Vaccination Hyderabad 1872-1889 - 1872-1889
Year: 1872
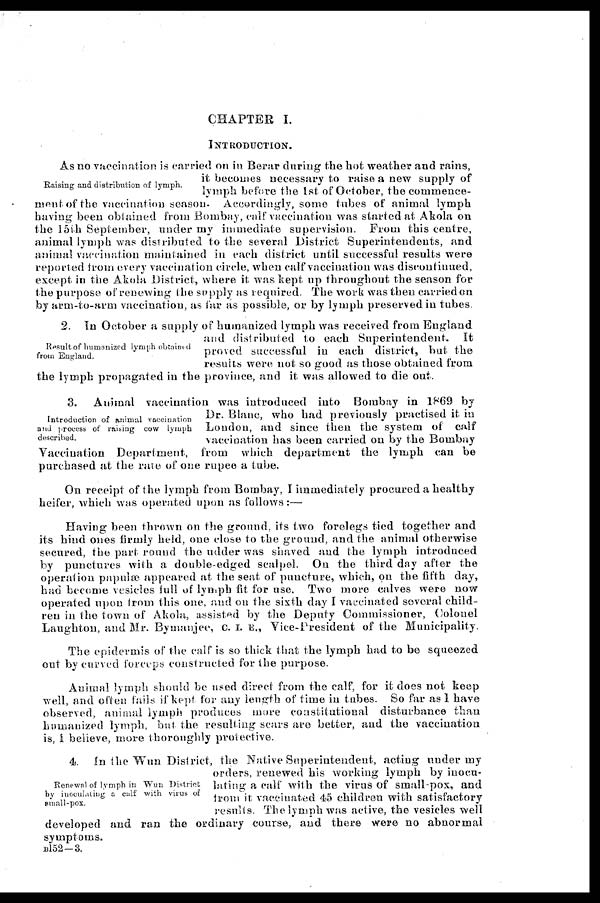
CHAPTER I.
INTRODUCTION.
Raising and distribution of lymph.
As no vaccination is carried on in Berar during the hot weather and rains,
it becomes necessary to raise a new supply of
lymph before the 1st of October, the commence-
ment of the vaccination season. Accordingly, some tubes of animal lymph
having been obtained from Bombay, calf vaccination was started at Akola on
the 15th September, under my immediate supervision. From this centre,
animal lymph was distributed to the several District Superintendents, and
animal vaccination maintained in each district until successful results were
reported from every vaccination circle, when calf vaccination was discontinued,
except in the Akola District, where it was kept up throughout the season for
the purpose of renewing the supply as required. The work was then carried on
by arm-to-arm vaccination, as far as possible, or by lymph preserved in tubes.
Result of humanized lymph obtained
from England.
2. In October a supply of humanized lymph was received from England
and distributed to each Superintendent. It
proved successful in each district, but the
results were not so good as those obtained from
the lymph propagated in the province, and it was allowed to die out.
Introduction of animal vaccination
and process of raising cow lymph
described.
3. Animal vaccination was introduced into Bombay in 1869 by
Dr. Blanc, who had previously practised it in
London, and since then the system of calf
vaccination has been carried on by the Bombay
Vaccination Department, from which department the lymph can be
purchased at the rate of one rupee a tube.
On receipt of the lymph from Bombay, I immediately procured a healthy
heifer, which was operated upon as follows:—
Having been thrown on the ground, its two forelegs tied together and
its hind ones firmly held, one close to the ground, and the animal otherwise
secured, the part round the udder was shaved and the lymph introduced
by punctures with a double-edged scalpel. On the third day after the
operation papulæ appeared at the seat of puncture, which, on the fifth day,
had become vesicles full of lymph fit for use. Two more calves were now
operated upon from this one, and on the sixth day I vaccinated several child-
ren in the town of Akola, assisted by the Deputy Commissioner, Colonel
Laughton, and Mr. Bymanjee, C. I. E., Vice-President of the Municipality.
The epidermis of the calf is so thick that the lymph had to be squeezed
out by curved forceps constructed for the purpose.
Animal lymph should be used direct from the calf, for it does not keep
well, and often fails if kept for any length of time in tubes. So far as 1 have
observed, animal lymph produces more constitutional disturbance than
humanized lymph, but the resulting scars are better, and the vaccination
is, I believe, more thoroughly protective.
Renewal of lymph in Wun District
by inoculating a calf with virus of
small-pox.
4. In the Wun District, the Native Superintendent, acting under my
orders, renewed his working lymph by inocu-
lating a calf with the virus of small-pox, and
from it vaccinated 45 children with satisfactory
results. The lymph was active, the vesicles well
developed and ran the ordinary course, and there were no abnormal
symptoms.
B152-3.